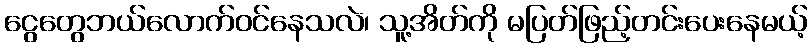
ငွေတွေဘယ်လောက်ဝင်နေသလဲ၊ သူ့အိတ်ကို မပြတ်ဖြည့်တင်းပေးနေမယ့်